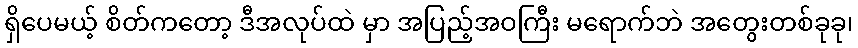
ရှိပေမယ့် စိတ်ကတော့ ဒီအလုပ်ထဲ မှာ အပြည့်အဝကြီး မရောက်ဘဲ အတွေးတစ်ခုခု၊